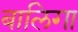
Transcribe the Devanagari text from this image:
बालिगा